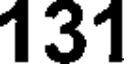
131